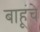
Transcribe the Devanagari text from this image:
बाहूंचे